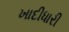
ખાદીધારી